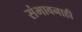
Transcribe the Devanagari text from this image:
संभावनाही